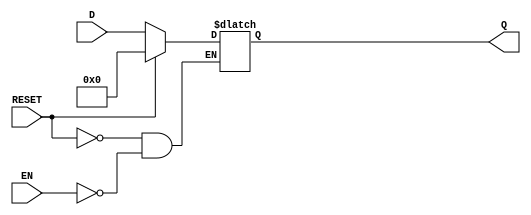
module LatchRegister #(
    parameter N = 8  // Width of the register (number of bits)
)(
    input wire [N-1:0] D,      // Data input
    input wire EN,              // Enable signal
    input wire RESET,           // Reset signal
    output reg [N-1:0] Q        // Data output
);

    // Sequential logic for the latch register
    always @(*) begin
        if (RESET) begin
            Q <= {N{1'b0}};       // Reset output to 0
        end else if (EN) begin
            Q <= D;               // Latch the input data when EN is high
        end
        // If EN is low, Q retains its previous value
    end

endmodule